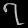
Digit: ၇